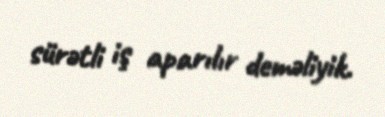
sürətli iş aparılır deməliyik.